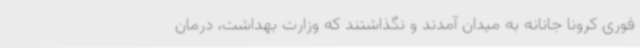
فوری کرونا جانانه به میدان آمدند و نگذاشتند که وزارت بهداشت، درمان